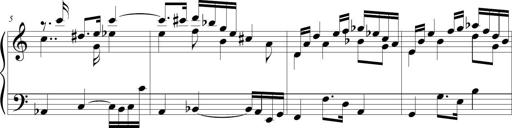
Title: Beatrice Bellaboomboom
Composer: Michel Rondeau
Key: A minor